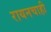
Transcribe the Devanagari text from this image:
रायनचाही